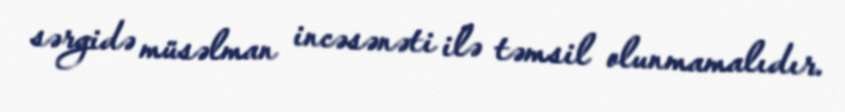
sərgidə müsəlman incəsənəti ilə təmsil olunmamalıdır.